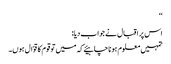
‘‘
اس پر اقبال نے جواب دیا:
تمہیں معلوم ہونا چاہیئے کہ میں تو قوم کا قوّال ہوں۔